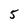
Character: 5